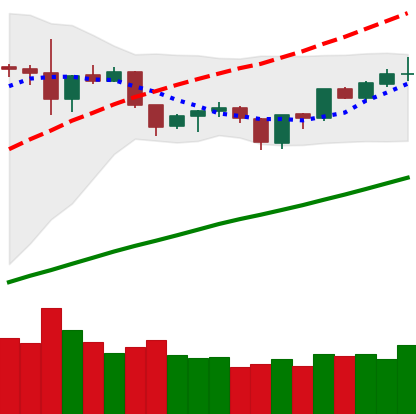
Ticker: ETH-USD
Chart end date: 2019-06-16
Forward return: 9.541%
Label: up_7plus